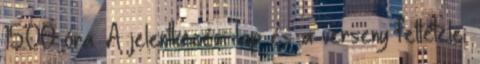
15.00 óra. A jelentkezési lap és a verseny feltételei